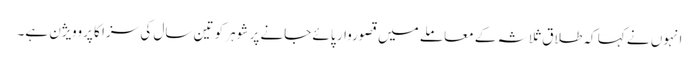
انہوں نے کہا کہ طلاق ثلاثہ کے معاملے میں قصوروار پائے جانے پر شوہر کو تین سال کی سزا کا پروویژن ہے۔